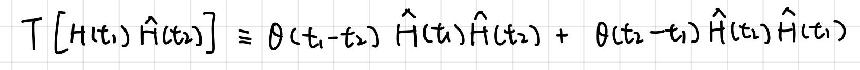
\[ T \left[ \hat{H}(t_1) \hat{H}(t_2) \right] \equiv \theta(t_1 - t_2) \hat{H}(t_1) \hat{H}(t_2) + \theta(t_2 - t_1) \hat{H}(t_2) \hat{H}(t_1) \]